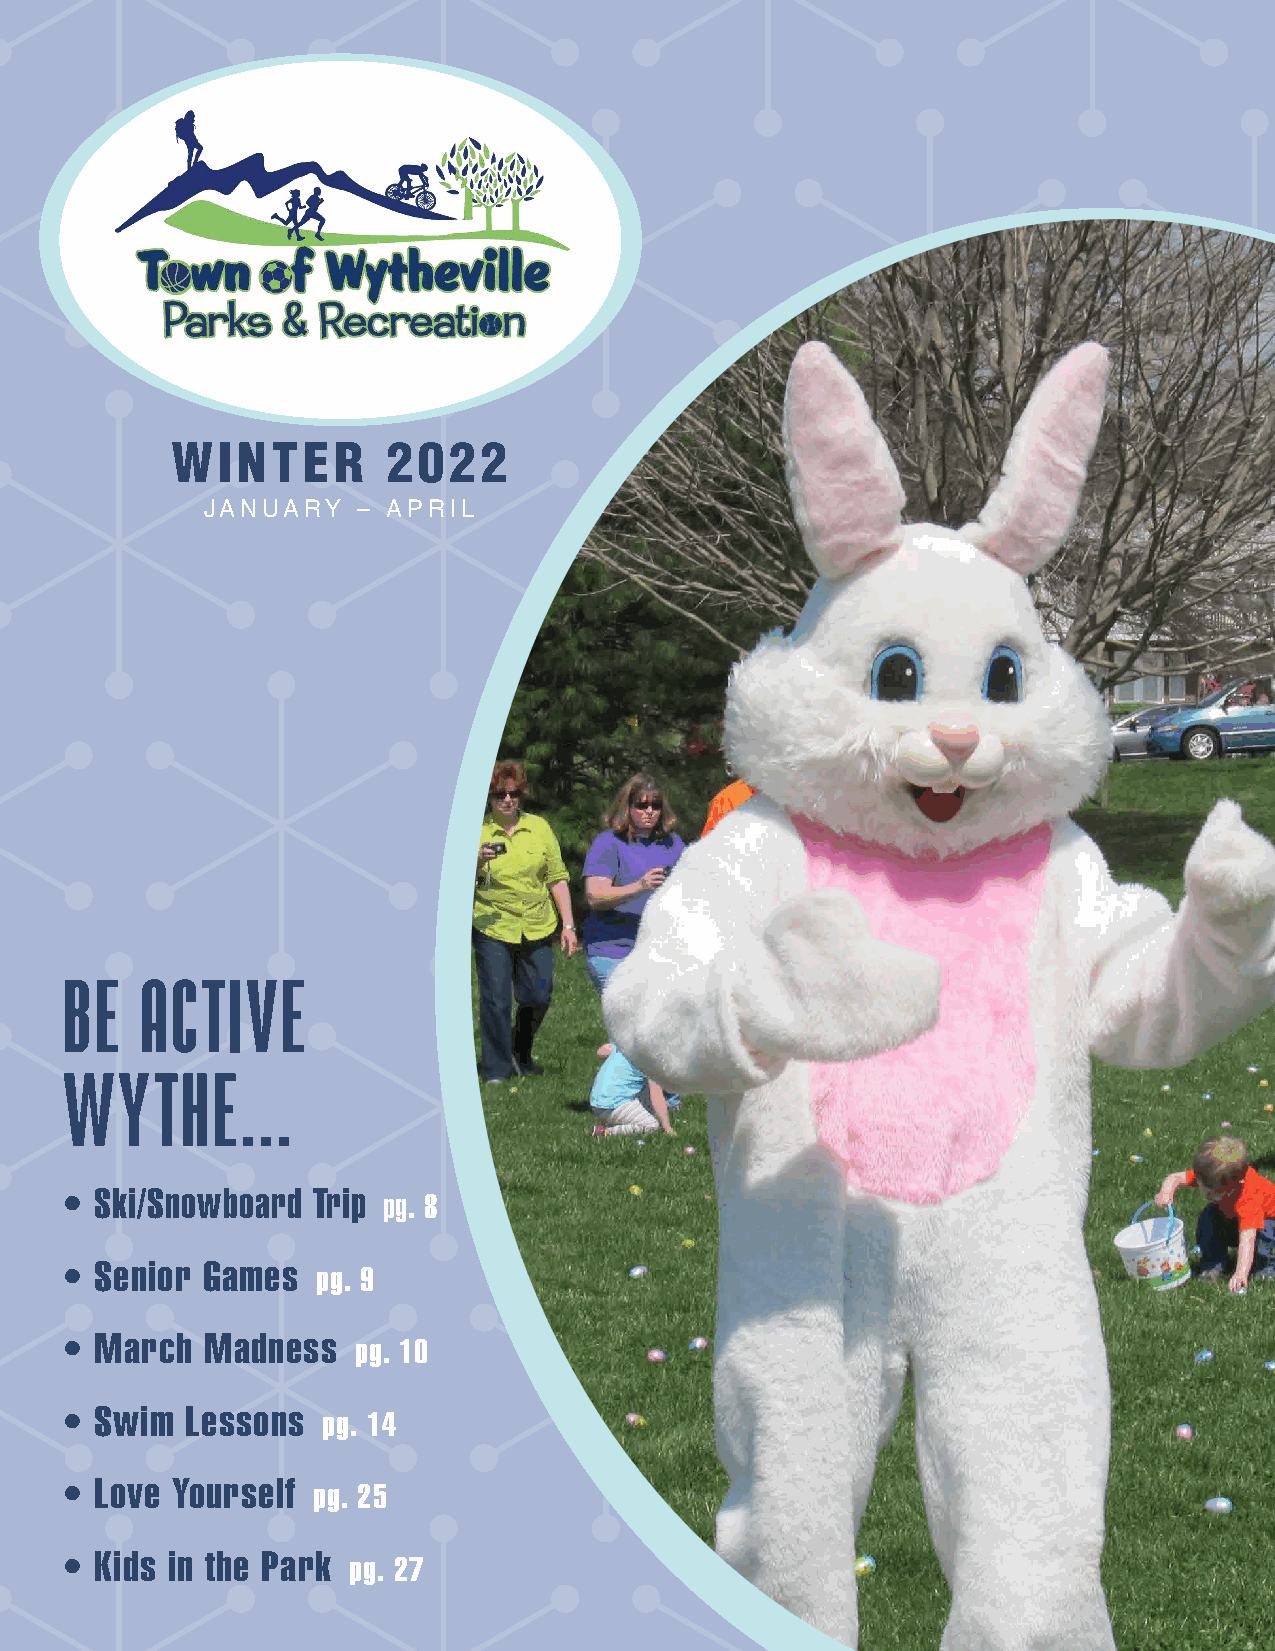
WINTER         2022
 JANUARY    – APRIL
 BE   ACTIVE
 WY    THE...
 • Ski/Snowboard  Trip
 pg. 8
 • Senior Games
 pg. 9
 • March  Madness
 pg. 10
 • Swim  Lessons
 pg. 14
 • Love Yourself
 pg. 25
 Access to McWane
 • Kids in the Park
 pg. 27
 will now be included
 GLOW YOGA
 in a gold pass plan